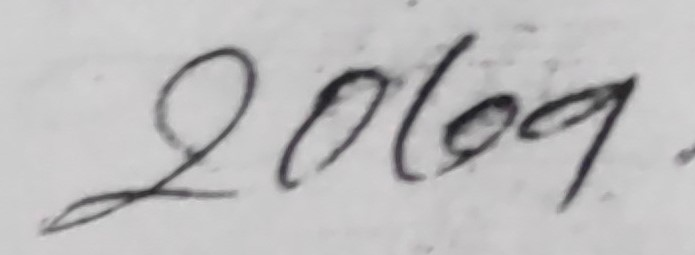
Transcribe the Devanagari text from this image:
२००९.